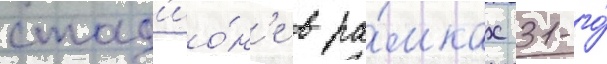
стад'ио́н'е в ра́мках 31-го́